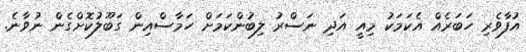
އުފާވެރި ހަބަރެއް އެކަމަކު މިއީ އަދި ނަސްރު ލިބުންކަމަށް ހަމާސްއިން ގަބޫލުކޮށްގެން ނުވާނެ.